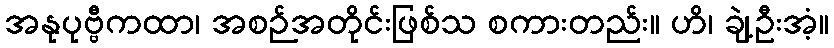
အနုပုဗ္ဗီကထာ၊ အစဉ်အတိုင်းဖြစ်သ စကားတည်း။ ဟိ၊ ချဲ့ဦးအံ့။